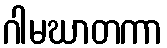
ဂါမဃာတကာ